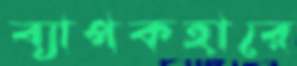
ব্যাপকহারে